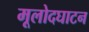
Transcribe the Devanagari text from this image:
मूलोदघाटन